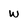
Character: W